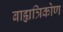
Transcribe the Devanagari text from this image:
बाह्यत्रिकोण